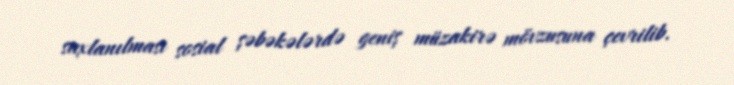
saxlanılması sosial şəbəkələrdə geniş müzakirə mövzusuna çevrilib.